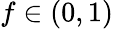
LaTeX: f\in(0,1)